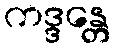
ကဒ္ဒန္တေ